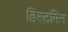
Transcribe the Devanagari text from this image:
हिस्टमिन